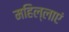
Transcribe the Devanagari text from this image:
महिल्लाएं